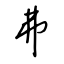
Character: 弗